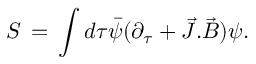
S \, = \, \int d \tau { \bar { \psi } } ( \partial _ { \tau } + { \vec { J } } . { \vec { B } } ) \psi .